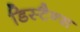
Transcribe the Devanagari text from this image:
डिस्टैन्स